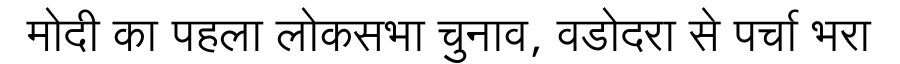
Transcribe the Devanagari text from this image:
मोदी का पहला लोकसभा चुनाव, वडोदरा से पर्चा भरा